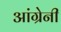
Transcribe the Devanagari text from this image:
आंग्रेनी